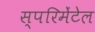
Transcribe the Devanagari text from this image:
स्परिमेंटेल